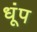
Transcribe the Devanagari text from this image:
धूंप